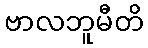
ဗာလဘူမီတိ